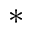
^ \ast